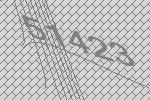
51423